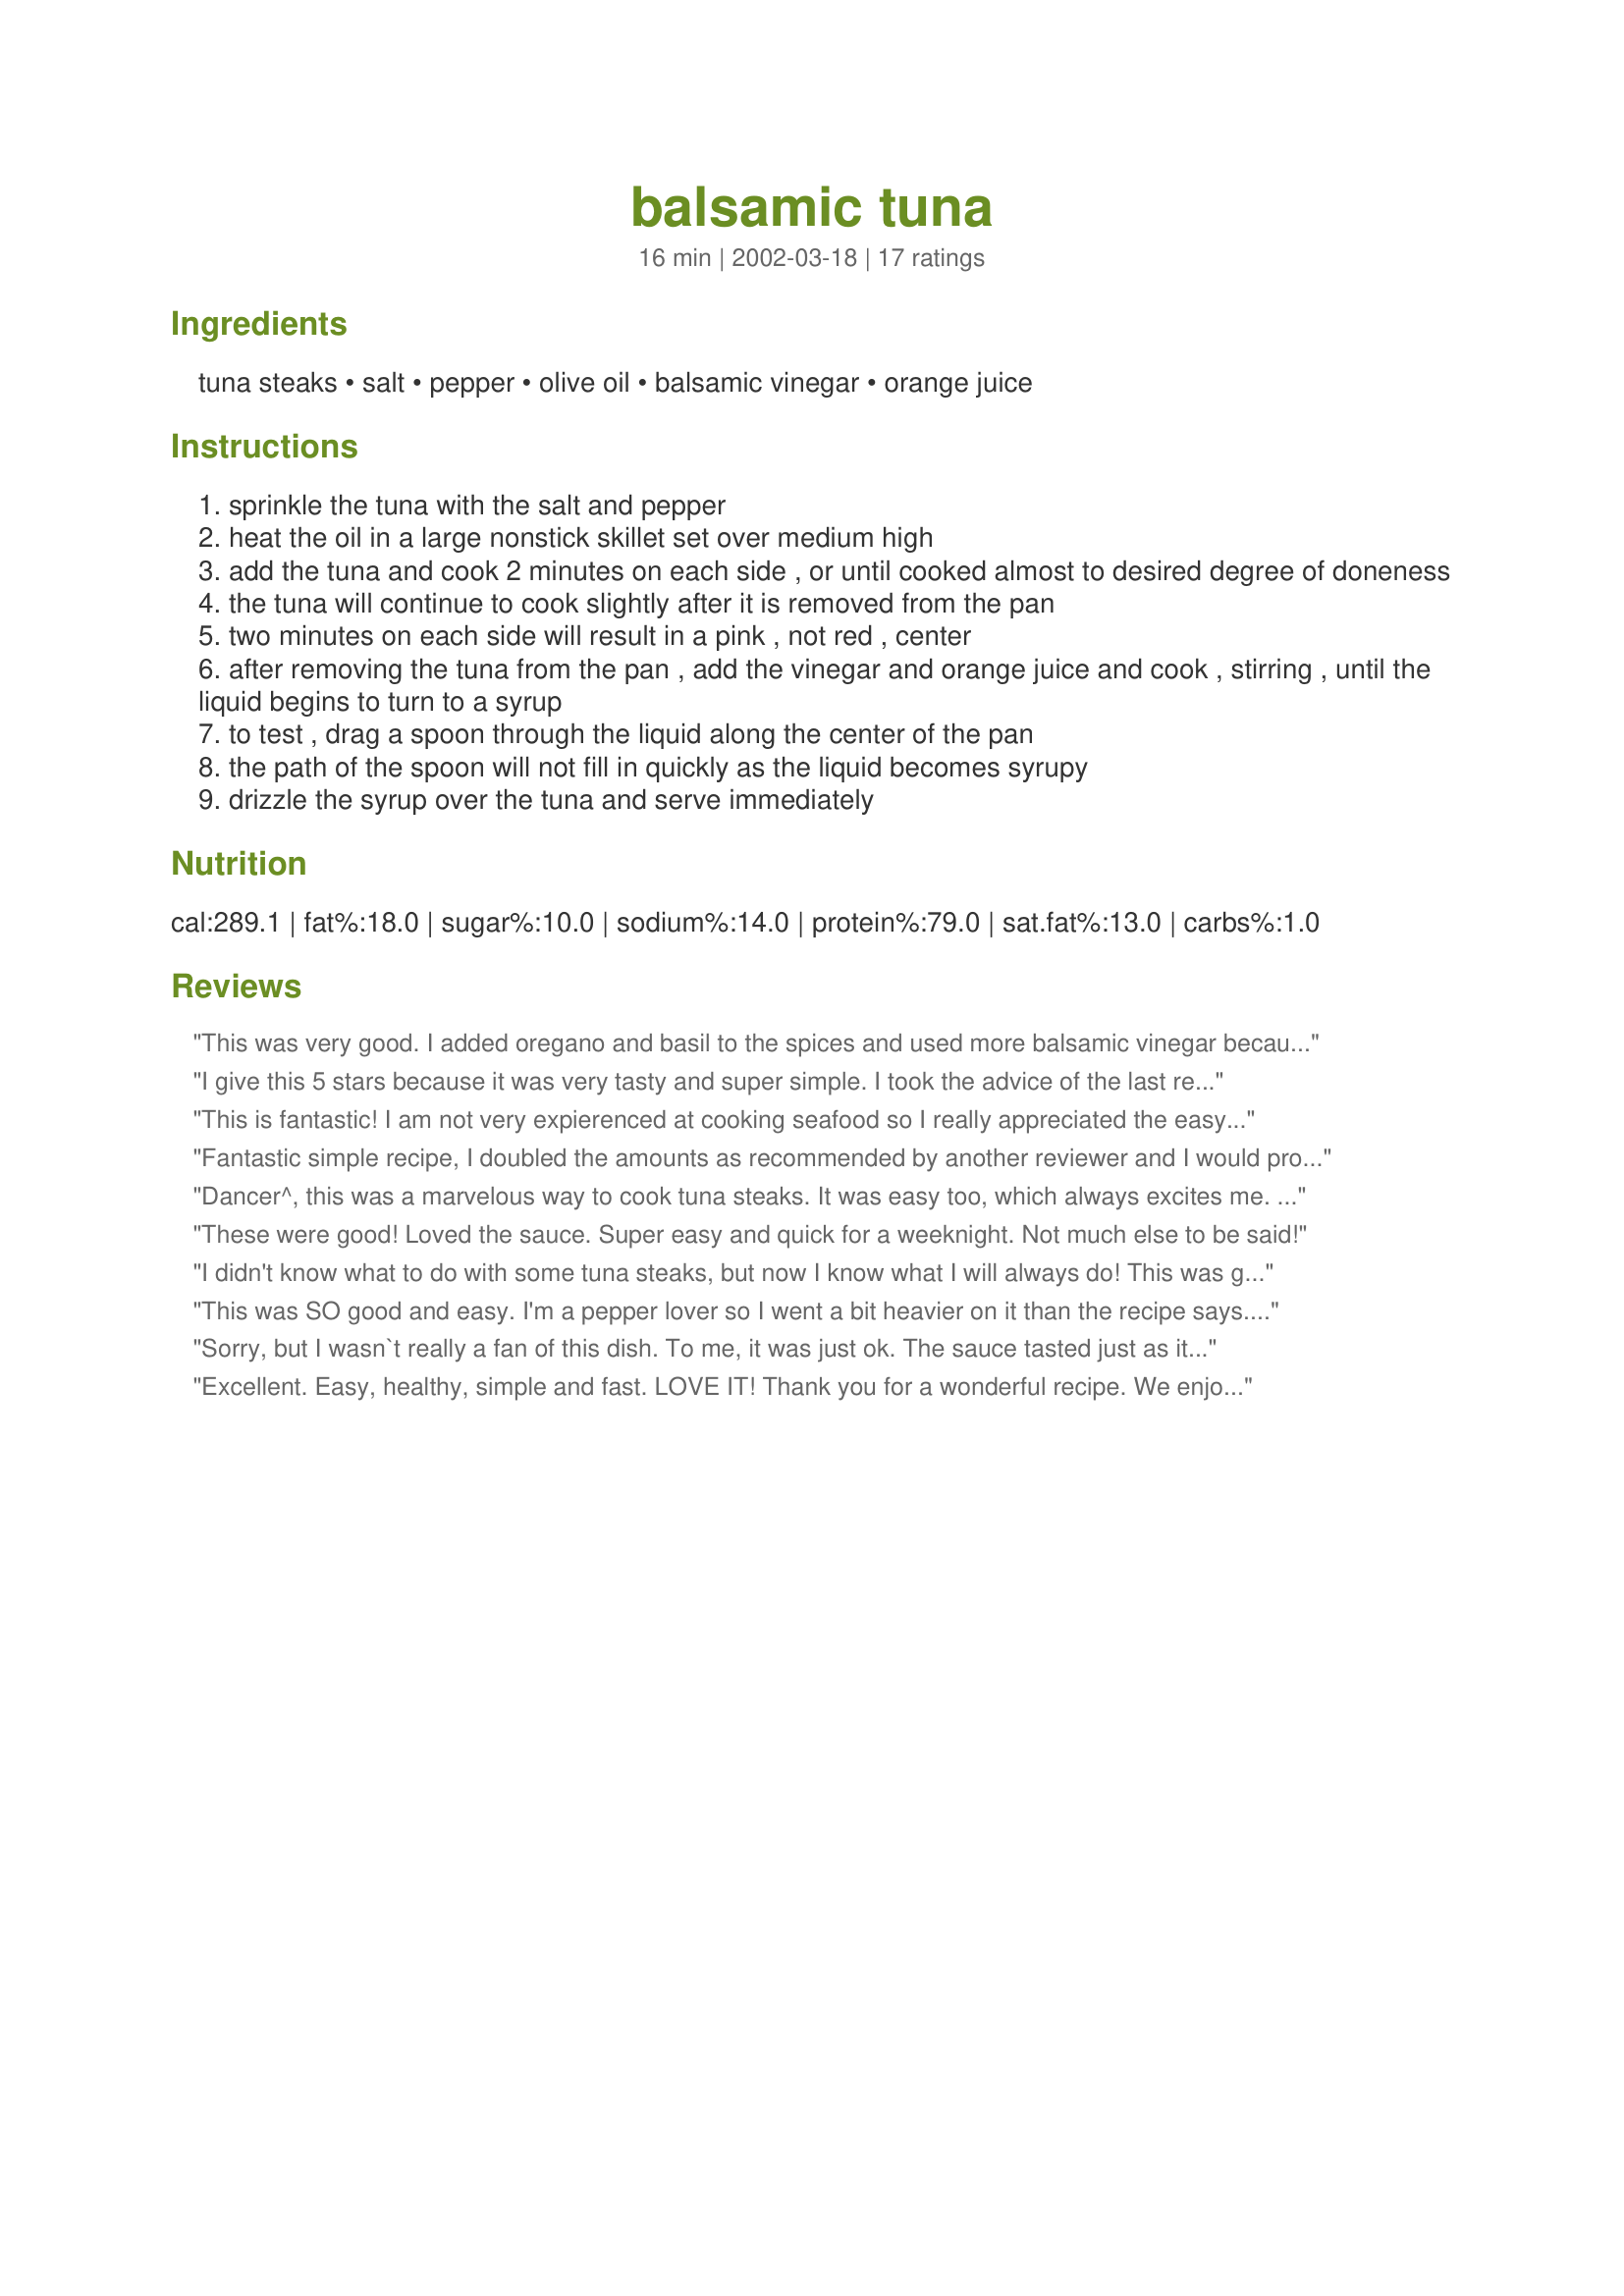
balsamic tuna
Preparation time: 16 minutes

Ingredients:
tuna steaks, salt, pepper, olive oil, balsamic vinegar, orange juice

Steps:
sprinkle the tuna with the salt and pepper
heat the oil in a large nonstick skillet set over medium high
add the tuna and cook 2 minutes on each side , or until cooked almost to desired degree of doneness
the tuna will continue to cook slightly after it is removed from the pan
two minutes on each side will result in a pink , not red , center
after removing the tuna from the pan , add the vinegar and orange juice and cook , stirring , until the liquid begins to turn to a syrup
to test , drag a spoon through the liquid along the center of the pan
the path of the spoon will not fill in quickly as the liquid becomes syrupy
drizzle the syrup over the tuna and serve immediately

Reviews:
This was very good. I added oregano and basil to the spices and used more balsamic vinegar because I like the taste. It takes longer to reduce the sauce than it does to cook the tuna, so you might want to think about preparing the sauce in a different pan so that the tuna is still hot when it's done. Fabulous flavor.
I give this 5 stars because it was very tasty and super simple. I took the advice of the last reviewer not to skimp on the salt and pepper. The sauce was easy and delicious. Other than the tuna, I always have these ingredients and can make this in no time. Thanks!
This is fantastic! I am not very expierenced at cooking seafood so I really appreciated the easy preperation. Salt and pepper those steaks really well. I did not use enough and had to add after I was done cooking. The sauce for this is really good too. The balsalmic vinegar with orange juice sounds strange, but tastes GOOD!
Fantastic simple recipe, I doubled the amounts as recommended by another reviewer and I would probably double it again as it was such a flavoursome sauce we couldn't get enough. Thank you Dancer!
Dancer^, this was a marvelous way to cook tuna steaks. It was easy too, which always excites me. Amber Anaya made a good point in that you need to salt and pepper the steaks very well before cooking. The sauce was very lively in flavor and a great compliment to the tuna. Thanks a bunch.
These were good! Loved the sauce. Super easy and quick for a weeknight. Not much else to be said!
I didn't know what to do with some tuna steaks, but now I know what I will always do! This was great! I ate more than I should have, because I didn't want to quit having the flavor in my mouth! I doubled the amount of sauce, and even let it run into my veggies, which tasted good too.
This was SO good and easy. I'm a pepper lover so I went a bit heavier on it than the recipe says. This is a real keeper, thanks.
Sorry, but I wasn`t really a fan of this dish. To me, it was just ok. The sauce tasted just as it sounds - nothing really special. I think the dish needed a sauce with more depth.
Excellent. Easy, healthy, simple and fast. LOVE IT! Thank you for a wonderful recipe. We enjoyed it and we don't normally like fish.
What a wonderful and fast dinner this turned out to be. I used salt and Trader Joe's 21 Seasoning Salute on tuna (and SO glad I did as the onion flakes in the seasoning were amazing in the end product). I used some aged balsamic and fresh squeezed organic orange juice. Loved it and will certainly make it again. Served with a side of green peas which went well with the sauce too. Thanks so much for posting!
Fast, simple, and a perfect combination. I served it with #30951 (green beans) and #148513 (couscous) for a quick and healthy dinner. Pity it was over so soon!
The basalmic sauce was excellent, but I found that I had to add about 50% more to adequately serve with all the fish.

Also, the recipe does not indicate how thick the tuna steak should be according to her recipe and cooking times. 

Overall it is a simple, and therefore simple-tasting dish, made better than average due to the glaze.
this is really good. i was worried that the OJ would make it too sweet for my taste, but it cooked right off. perfect punch of vinegary bite and peppery heartiness. i only had two tuna steaks, but i still made the amount of sauce called for in the recipe (i like lots), so you may want to double the sauce for four steaks. sprinkle with some fresh lemon. nice.
A really good dish. My family raved over this.
Gosh, I wish all recipes were this simple and fast, but still tasted good. Unfortunately, we were out of OJ, but I had some mango juice and added some powder sugar to thicken it up. I'm going to be putting that glaze on more than just tuna steaks! Thank you so much.
Very simple and good .. my husband likes it well done so I cooked it for a few extra minutes .. thank you :)
